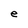
Character: e